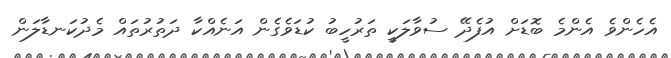
އެހެންވެ އެންމެ ބޮޑަށް އުފެދޭ ސުވާލަކީ ތަރުހީބު ކުޑަވެގެން އަނެއްކާ ދަތުރުތައް މެދުކަނޑާލަން